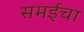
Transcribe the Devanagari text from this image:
समईचा